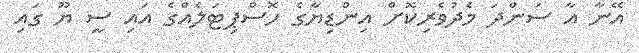
އޭނާ އާ ސަންދަ މެދުވެރިކޮށް އިންޑިޔާގެ ހޮސްޕިޓަލެއްގެ އައި ސީ ޔޫ ގައި